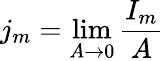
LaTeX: j_{m}=\operatorname*{lim}_{A\rightarrow 0}{\frac{I_{m}}{A}}